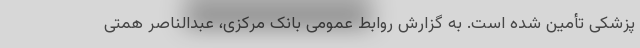
پزشکی تأمین شده است. به گزارش روابط عمومی بانک مرکزی، عبدالناصر همتی